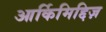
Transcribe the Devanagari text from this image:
आर्किमिद्दिज़